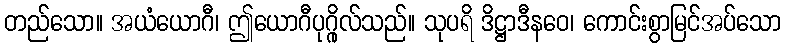
တည်သော။ အယံယောဂီ၊ ဤယောဂီပုဂ္ဂိုလ်သည်။ သုပရိ ဒိဋ္ဌာဒီနဝေ၊ ကောင်းစွာမြင်အပ်သော